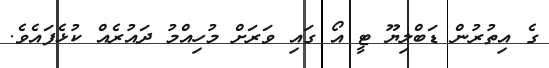
ގެ އިތުރުން ޑަބްލިޔޫ ޓީ އޯ ގައި ވަރަށް މުހިއްމު ދައުރެއް ކުޅެފައެވެ.